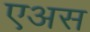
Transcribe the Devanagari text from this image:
एअस